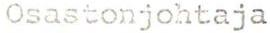
Osastonjohtaja